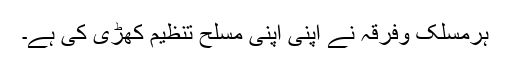
ہرمسلک وفرقہ نے اپنی اپنی مسلح تنظیم کھڑی کی ہے۔